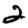
Digit: 2